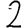
Digit: 2